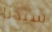
سيدنا